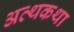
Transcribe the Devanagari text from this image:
अत्थकथा